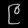
Digit: ၉